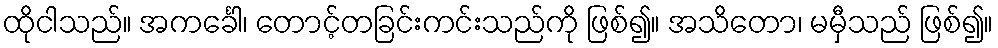
ထိုငါသည်။ အကင်္ခေါ၊ တောင့်တခြင်းကင်းသည်ကို ဖြစ်၍။ အသိတော၊ မမှီသည် ဖြစ်၍။